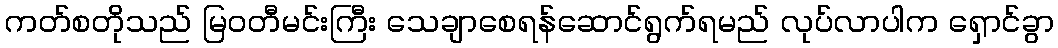
ကတ်စတိုသည် မြဝတီမင်းကြီး သေချာစေရန်ဆောင်ရွက်ရမည် လုပ်လာပါက ရှောင်ခွာ